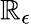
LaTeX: \mathbb{R}_{\epsilon}